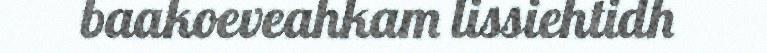
baakoeveahkam lissiehtidh